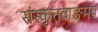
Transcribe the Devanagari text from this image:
संस्कृतवाङ्‌मय